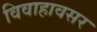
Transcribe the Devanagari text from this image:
विवाहावसर